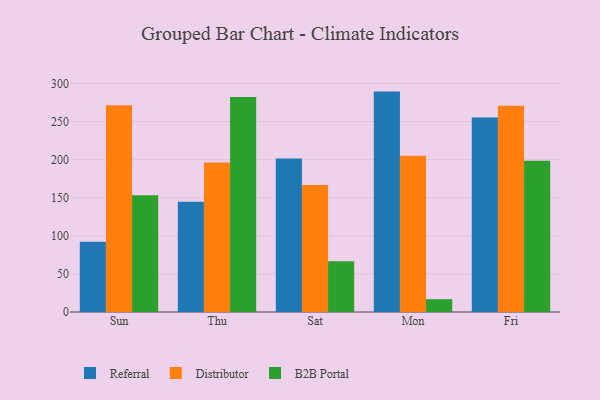
{"axis": {"x": "Day", "y": "Production Output"}, "legend": ["B2B Portal", "Distributor", "Referral"], "data": [{"x": "Sun", "y": 92.1, "type": "Referral"}, {"x": "Sun", "y": 271.4, "type": "Distributor"}, {"x": "Sun", "y": 153.3, "type": "B2B Portal"}, {"x": "Thu", "y": 144.8, "type": "Referral"}, {"x": "Thu", "y": 196.2, "type": "Distributor"}, {"x": "Thu", "y": 282.3, "type": "B2B Portal"}, {"x": "Sat", "y": 201.5, "type": "Referral"}, {"x": "Sat", "y": 166.7, "type": "Distributor"}, {"x": "Sat", "y": 66.7, "type": "B2B Portal"}, {"x": "Mon", "y": 289.3, "type": "Referral"}, {"x": "Mon", "y": 205.1, "type": "Distributor"}, {"x": "Mon", "y": 16.8, "type": "B2B Portal"}, {"x": "Fri", "y": 255.3, "type": "Referral"}, {"x": "Fri", "y": 270.7, "type": "Distributor"}, {"x": "Fri", "y": 198.4, "type": "B2B Portal"}]}